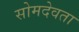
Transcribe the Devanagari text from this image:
सोमदेवता